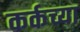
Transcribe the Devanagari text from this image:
कर्कच्या